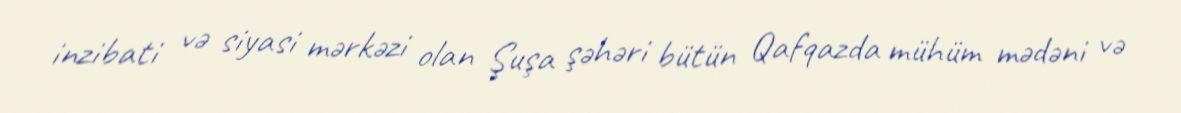
inzibati və siyasi mərkəzi olan Şuşa şəhəri bütün Qafqazda mühüm mədəni və